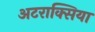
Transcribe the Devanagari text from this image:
अटराक्सिया